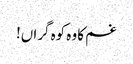
غم کا وہ کوہ گراں!